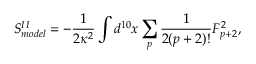
S _ { m o d e l } ^ { I I } = - \frac { 1 } { 2 \kappa ^ { 2 } } \int d ^ { 1 0 } x \sum _ { p } \frac { 1 } { 2 ( p + 2 ) ! } F _ { p + 2 } ^ { 2 } ,